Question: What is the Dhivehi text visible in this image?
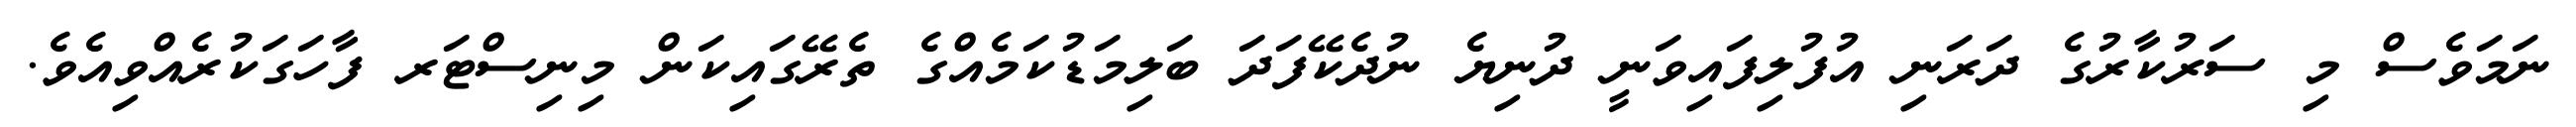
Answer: ނަމަވެސް މި ސަރުކާރުގެ ދަރަނި އުފުލިފައިވަނީ ދުނިޔެ ނުދެކޭފަދަ ބަލިމަޑުކަމެއްގެ ތެރޭގައިކަން މިނިސްޓަރ ފާހަގަކުރެއްވިއެވެ.